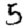
Digit: 5